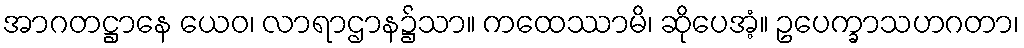
အာဂတဋ္ဌာနေ ယေဝ၊ လာရာဌာန၌သာ။ ကထေဿာမိ၊ ဆိုပေအံ့။ ဥပေက္ခာသဟဂတာ၊